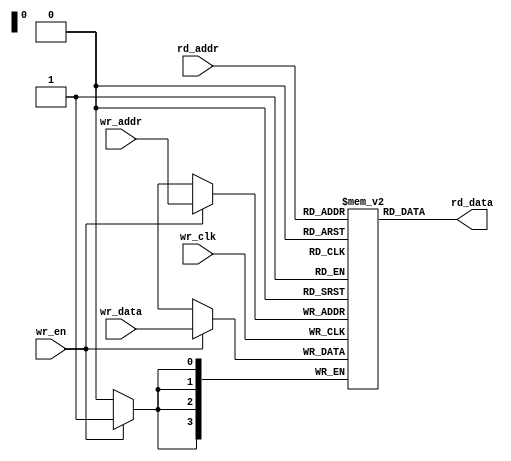
//////////////////////////////////////////////////////////////////////////////
//
// Copyright (c) 2014 PANGO MICROSYSTEMS, INC
// ALL RIGHTS REVERVED.
//
// THE SOURCE CODE CONTAINED HEREIN IS PROPRIETARY TO PANGO MICROSYSTEMS, INC.
// IT SHALL NOT BE REPRODUCED OR DISCLOSED IN WHOLE OR IN PART OR USED BY
// PARTIES WITHOUT WRITTEN AUTHORIZATION FROM THE OWNER.
//
//////////////////////////////////////////////////////////////////////////////
//
// Library:
////////////////////////////////////////////////////////////////////////////////////////////////////////////////////////////////////////

`timescale 1 ns / 1 ps

module ipm_distributed_sdpram_v1_2
    #(
      parameter  ADDR_WIDTH               = 4          ,    //address width   range:4-10
      parameter  DATA_WIDTH               = 4          ,    //data width      range:1-256
      parameter  INIT_FILE                = "NONE"     ,    //legal value:"NONE" or "initial file name"
      parameter  FILE_FORMAT              = "BIN"           //initial data format : "BIN" or "HEX"
     )
     (
      input   wire [DATA_WIDTH-1:0]       wr_data      ,
      input   wire [ADDR_WIDTH-1:0]       wr_addr      ,
      input   wire [ADDR_WIDTH-1:0]       rd_addr      ,
      input   wire                        wr_clk       ,
      input   wire                        wr_en        ,
      output  wire [DATA_WIDTH-1:0]       rd_data
     )/* synthesis syn_ramstyle = "select_ram" */;

wire  [DATA_WIDTH-1:0]                    q            ;

reg   [DATA_WIDTH-1:0]                    mem [2**ADDR_WIDTH-1:0];

//***********************************************************************reset*******************************************************************

//initialize sdpram
generate
    integer i,j;
    if (INIT_FILE != "NONE") begin
        if (FILE_FORMAT == "BIN") begin
            initial begin
                $readmemb(INIT_FILE,mem);
            end
        end
        else if (FILE_FORMAT == "HEX") begin
            initial begin
                $readmemh(INIT_FILE,mem);
            end
        end
    end
    else begin
        initial begin
            for (i=0;i<2**ADDR_WIDTH;i=i+1) begin
                for (j=0;j<DATA_WIDTH;j=j+1) begin
                    mem[i][j] = 1'b0;
                end
            end
        end
    end
endgenerate

//write & read
generate
    always @(posedge wr_clk) begin
        if(wr_en)
            mem[wr_addr] <= wr_data;
    end

    assign q = mem[rd_addr];

endgenerate

assign rd_data = q;

endmodule